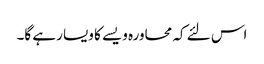
اس لئے کہ محاورہ ویسے کا ویسا رہے گا۔